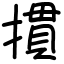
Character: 摜